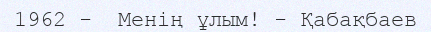
1962 -  Менің ұлым! - Қабақбаев